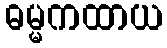
ဓမ္မကထာယ